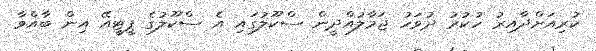
ކުރިއަށްދާއިރު ހުކުރު ދުވަހު ޖަމާލުއްދީން ސްކޫލުގައި އެ ސްކޫލުގެ ޕީޓީއޭ އިން ބާއްވާ